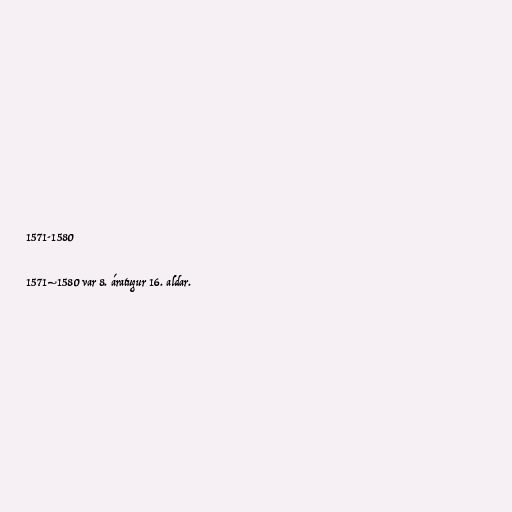
1571-1580

1571–1580 var 8. áratugur 16. aldar.